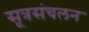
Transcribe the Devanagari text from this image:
सूत्रसंचलन